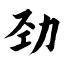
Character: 劲